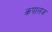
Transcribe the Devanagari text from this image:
कपालज